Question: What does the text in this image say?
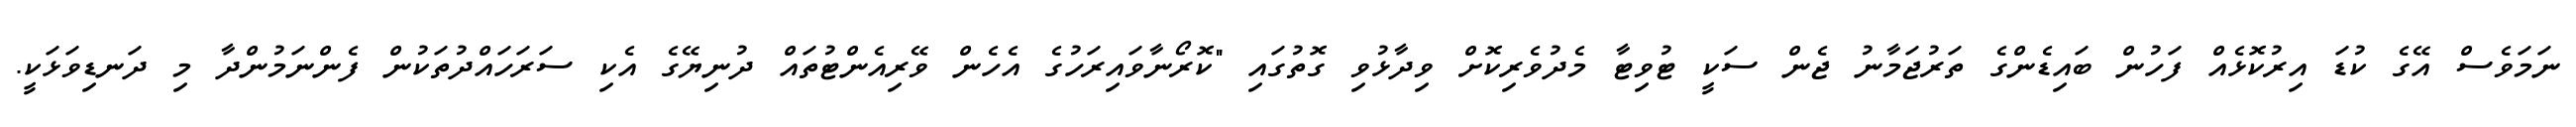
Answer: ނަމަވެސް އޭގެ ކުޑަ އިރުކޮޅެއް ފަހުން ބައިޑެންގެ ތަރުޖަމާނު ޖެން ސަކީ ޓުވިޓާ މެދުވެރިކޮށް ވިދާޅުވި ގޮތުގައި "ކޮރޯނާވައިރަހުގެ އެހެން ވޭރިއެންޓުތައް ދުނިޔޭގެ އެކި ސަރަހައްދުތަކުން ފެންނަމުންދާ މި ދަނޑިވަޅަކީ.